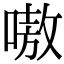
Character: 嗷